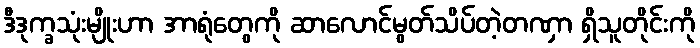
ဒီဒုက္ခသုံးမျိုးဟာ အာရုံတွေကို ဆာလောင်မွတ်သိပ်တဲ့တဏှာ ရှိသူတိုင်းကို